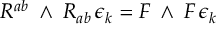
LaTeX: R ^ { a b } \mathrm { \tiny ~ \wedge ~ } R _ { a b } \, \epsilon _ { k } = F \mathrm { \tiny ~ \wedge ~ } F \, \epsilon _ { k }